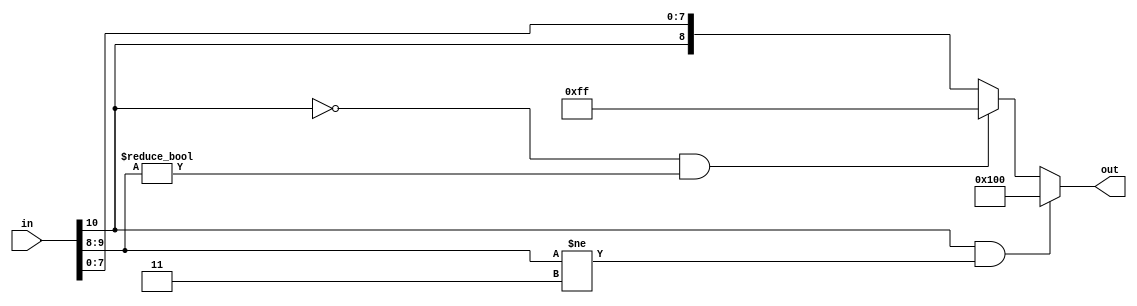
// Copyright Wenting Zhang 2024
//
// This source describes Open Hardware and is licensed under the CERN-OHL-P v2
//
// You may redistribute and modify this documentation and make products using
// it under the terms of the CERN-OHL-P v2 (https:/cern.ch/cern-ohl). This
// documentation is distributed WITHOUT ANY EXPRESS OR IMPLIED WARRANTY,
// INCLUDING OF MERCHANTABILITY, SATISFACTORY QUALITY AND FITNESS FOR A
// PARTICULAR PURPOSE. Please see the CERN-OHL-P v2 for applicable conditions
//
`default_nettype none
`timescale 1ns / 1ps
module clamp_signed #(
    parameter INPUT_BITS = 11,
    parameter OUTPUT_BITS = 9
) (
    input wire [INPUT_BITS-1:0] in,
    output wire [OUTPUT_BITS-1:0] out
);

    localparam BIT_DIFF = INPUT_BITS - OUTPUT_BITS;

    wire underflow = in[INPUT_BITS-1] &&
            (in[INPUT_BITS-2:OUTPUT_BITS-1] != {BIT_DIFF{1'b1}});
    wire overflow = !in[INPUT_BITS-1] &&
            (in[INPUT_BITS-2:OUTPUT_BITS-1] != {BIT_DIFF{1'b0}});

    assign out =
        underflow ? {1'b1, {(OUTPUT_BITS-1){1'b0}}} :
        overflow ? {1'b0, {(OUTPUT_BITS-1){1'b1}}} :
        {in[INPUT_BITS-1], in[OUTPUT_BITS-2:0]};

endmodule
`default_nettype wire